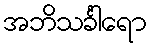
အဘိသင်္ခါရော